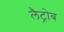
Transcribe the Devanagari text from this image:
लैट्रोब